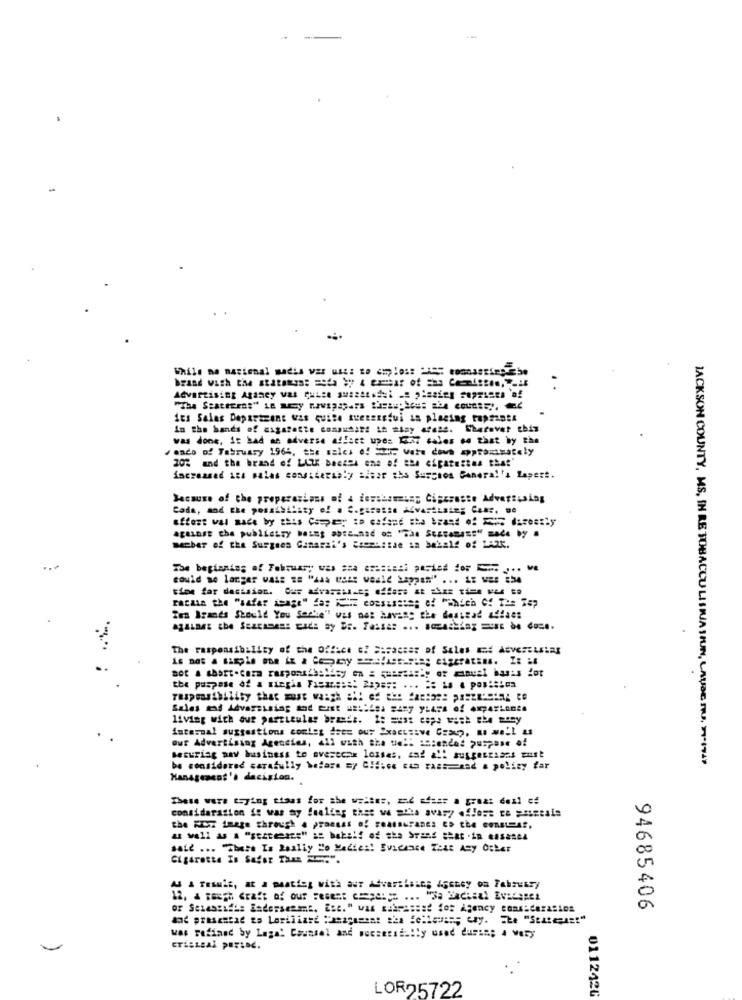
Advertising Agancy was quite suisstoel .. "lasieg seprises of
its Salas Departzone was quite tuensistui in placing tapsants
in the hands of cigarette consumare it tisy afeas. Sherover chis
was done, it bad an adverse affact upes IE37 cales so that by the
/ando of February 1964, the sales e! Se vate down approximately
202 and the brand of LLU: beetel one of the cipatestes that'
increased its palas considerably alsze chs Surcion General's Lapert.
Because of the properasians of & iawasamong Cigcroste Advertising
Cada, and the possibility of a C.gasasse Advertising Ceas, De
member of the Surgeen Ganaral's Eseguitae in behalf of LAZK.
...
tine far decision. Our advarshalt; offers at thee tien Ke to
racain the "safar isage" das KHZ coesusate; ef "Which Of The Top
Ira Brands Should You Socke" was not having the dosstad addass
The responsibility of the Office of Saractar of Sales and Adversustar
the purpose of a siegis Fasms ::: 2a) ==: ... == is . position
living with aus particular braest. 1: == s: cope with the prey
internal suggestions contes iste out "xactsive Group, . well as
our Advertising Agencies, all with the well intended purpose of
Securing nav business to overcoax losses, and a !! ausgereisas zust
JACKSON COUNTY, MS, IN RE TOBACCU LISRUA SIUN, LAUSE NU. 11.IVAY
be considered carafully betare =y CIfice cas rasseand a policy far
Management's decision.
These were trying ttaas for abe waltes, zić afuss a great deal of
consideration it was my feeling that we acha avary .flere ce prietais
as well As a "stateans" as behalf of sha brand =Hat -in ensanta
said ... "There Is Really Ho Medies! Evidence Tett Any Other
of Selaszadis Endorsement, Esc." was sukcassat for Agency consideration
94685406
was Fofinnd by Laga! Counsel and poczetsially used during a very
crisisal period.
LOR25722
0112426